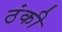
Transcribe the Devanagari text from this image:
ठंकी